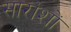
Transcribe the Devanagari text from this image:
सारांशों